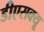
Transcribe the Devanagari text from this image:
डीएसक्यू